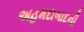
અહમદાબાદની